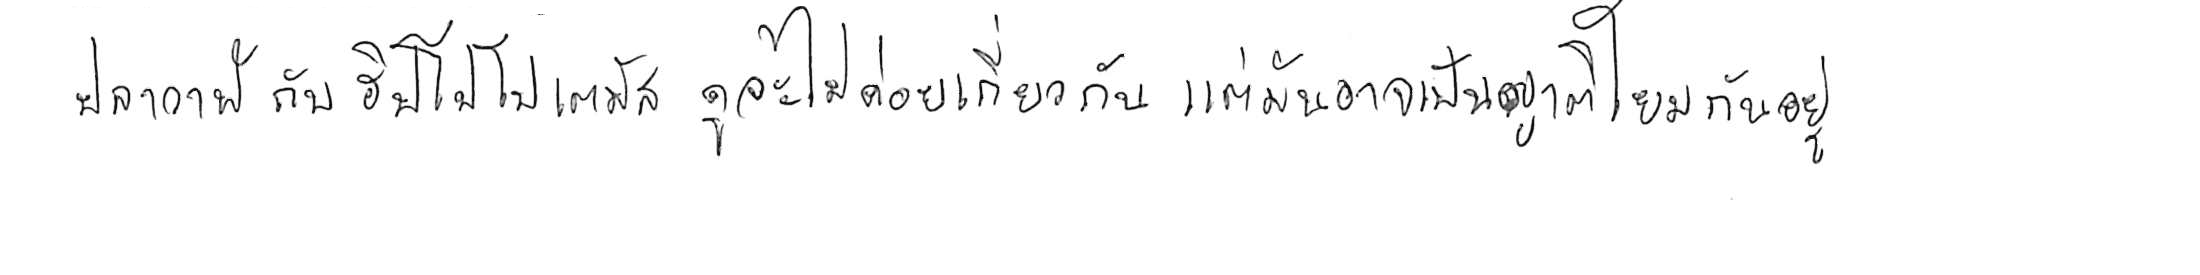
ปลาวาฬ กับ ฮิปโปโปเตมัส ดูจะไม่ค่อยเกี่ยวกัน แต่มันอาจเป็นญาติโยมกันอยู่